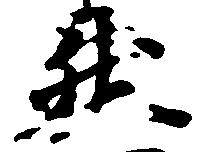
然